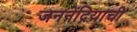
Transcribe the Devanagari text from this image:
जननेंद्रियाची